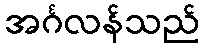
အင်္ဂလန်သည်